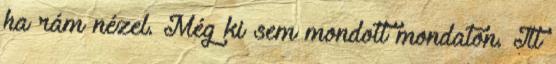
ha rám nézel. Még ki sem mondott mondaton. Itt